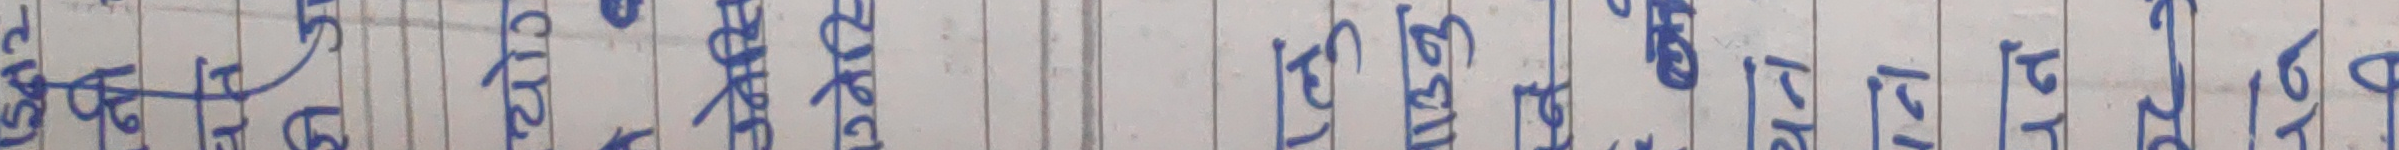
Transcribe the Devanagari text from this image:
१५ ५१ ५४ ९६ ४२ ७४ ९८ १२ ३६ ९५ ३१ ६१ १७ ३८ ३३ ७० १३ १९ १२ १६ १४ १७ २४ २४